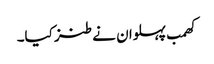
کھمب پہلوان نے طنز کیا۔